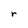
Character: r